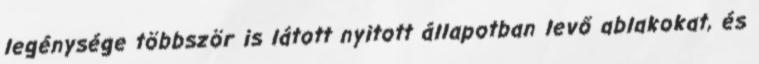
legénysége többször is látott nyitott állapotban levő ablakokat, és